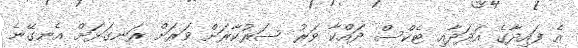
އެ ފައިދާގެ އަދަދާއި ޓެކްސް ދައްކާ ވަރު ސަރުކާރަށް ވަރަށް ރަނގަޅަށް އެނގޭނެ